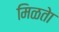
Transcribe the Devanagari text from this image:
मिळतेा